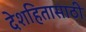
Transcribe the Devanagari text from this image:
देशहितासाठी